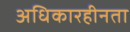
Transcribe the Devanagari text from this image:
अधिकारहीनता